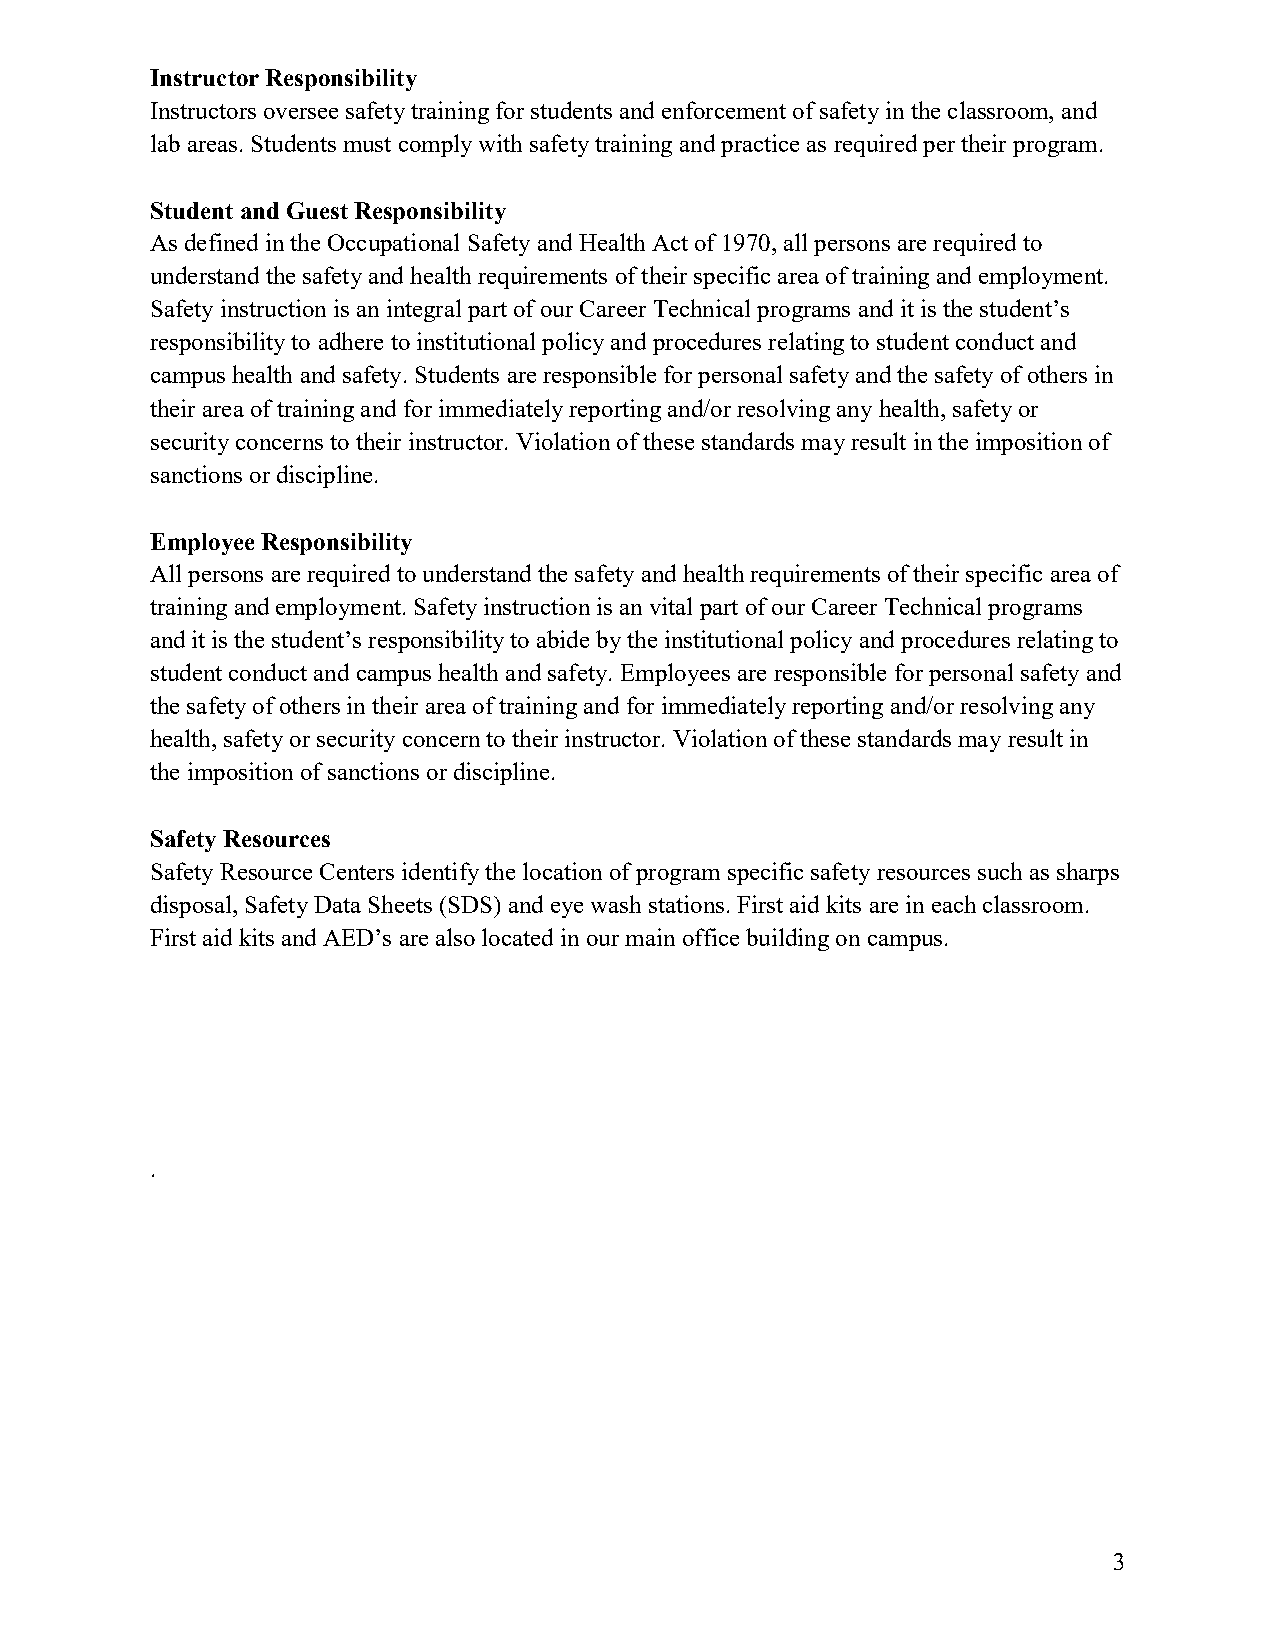
Instructor Responsibility
 Instructors oversee safety training for students and enforcement of safety in the classroom, and
 lab areas. Students must comply with safety training and practice as required per their program.
 Student and Guest Responsibility
 As defined in the Occupational Safety and Health Act of 1970, all persons are required to
 understand the safety and health requirements of their specific area of training and employment.
 Safety instruction is an integral part of our Career Technical programs and it is the student’s
 responsibility to adhere to institutional policy and procedures relating to student conduct and
 campus health and safety. Students are responsible for personal safety and the safety of others in
 their area of training and for immediately reporting and/or resolving any health, safety or
 security concerns to their instructor. Violation of these standards may result in the imposition of
 sanctions or discipline.
 Employee Responsibility
 All persons are required to understand the safety and health requirements of their specific area of
 training and employment. Safety instruction is an vital part of our Career Technical programs
 and it is the student’s responsibility to abide by the institutional policy and procedures relating to
 student conduct and campus health and safety. Employees are responsible for personal safety and
 the safety of others in their area of training and for immediately reporting and/or resolving any
 health, safety or security concern to their instructor. Violation of these standards may result in
 the imposition of sanctions or discipline.
 Safety Resources
 Safety Resource Centers identify the location of program specific safety resources such as sharps
 disposal, Safety Data Sheets (SDS) and eye wash stations. First aid kits are in each classroom.
 First aid kits and AED’s are also located in our main office building on campus.
 .
 3